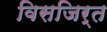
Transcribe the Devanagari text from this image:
विसजिर्त